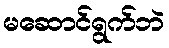
မဆောင်ရွက်ဘဲ